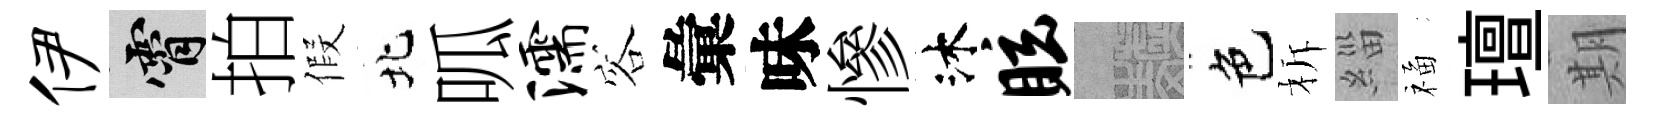
伊霄拍假北呱濡容彙味慘沐眩熙色柝緇福璮期